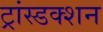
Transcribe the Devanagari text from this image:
ट्रांस्डक्शन